Vaccination North-Western Provinces 1866-1877 - 1866-1877
Year: 1866
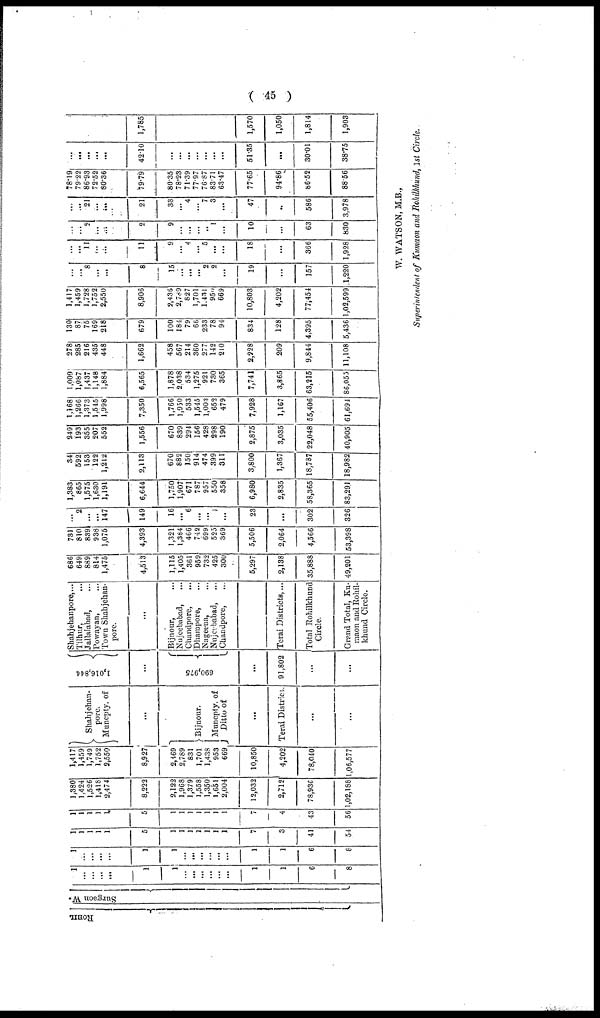
( 45 )
ROHIL
Surgeon W.
1
...
...
...
...
1
1
...
...
...
...
...
...
1
1
6
8
1
...
...
...
...
1
1
...
...
...
...
...
...
1
1
6
8
1
1
1
1
1
5
1
1
1
1
1
1
1
7
3
41
54
1
1
1
1
1
5
1
1
1
1
1
1
1
7
4
43
56
1,380
1,424
1,526
1,418
2,474
8,222
2,122
1,968
1,379
1,558
1,350
1,651
2,004
12,032
2,712
78,936
1,02,188
1,417
1,459
1,749
1,752
2,550
8,927
2,169
2,789
831
1,701
1,438
953
669
10,850
4,202
78,040
1,06,577
Shahjehan¬
pore.
Muncpty. of
...
Bijnour.
Muncpty. of
Ditto of
...
Terai District.
...
...
1,016,844
...
690,975
...
91,802
...
...
Shahjehanpore,...
Tilhur, ...
Jallalabad, ...
Powayan, ...
Town Shahjehan¬
pore.
...
Bijnour, ...
Nujeebabad, ...
Chandpore,
...
Dhampore, ...
Nageena, ...
Nujeebabad, ...
Chandpore, ...
...
Terai Districts,...
Total Rohilkhund
Circle.
Grand Total, Ku¬
maon and Rohil¬
khund Circle.
686
649
889
814
1,475
4,513
1,115
1,405
361
959
732
425
300
5,297
2,138
35,888
49,201
731
810
839
938
1,075
4,393
1,321
1,384
466
742
699
525
369
5,506
2,064
4,566
53,398
...
2
...
...
147
149
16
...
6
...
...
...
...
23
...
302
326
1,383
865
1,575
1,630
1,191
6,644
1,750
1,907
671
787
957
550
358
6,980
2,835
58,365
83,291
34
592
153
122
1,212
2,113
670
882
150
914
474
399
311
3,800
1,367
18,787
18,982
249
193
355
207
552
1,556
670
839
294
156
428
298
190
2,875
3,035
22,048
40,905
1,168
1,266
1,373
1,545
1,998
7,350
1,766
1,950
533
1,545
1,003
652
479
7,928
1,167
55,406
61,694
1,009
1,087
1,437
1,148
1,884
6,565
1,878
2,038
534
1,275
921
730
365
7,741
3,865
63,215
86,055
278
285
216
435
448
1,662
458
567
214
360
277
142
210
2,228
209
9,844
11,108
130
87
75
169
218
679
100
184
79
66
233
78
94
834
128
4,395
5,436
1,417
1,459
1,728
1,752
2,550
8,906
2,436
2,789
827
1,701
1,431
950
669
10,803
4,202
77,454
1,02,599
...
...
8
...
...
8
15
...
...
...
2
2
...
19
...
157
1,220
...
...
11
...
...
11
9
...
4
...
5
...
...
18
...
366
1,928
...
... 2
...
...
2
9
...
...
...
...
...
10
...
63
830
...
...
21
...
...
21
33
...
4
...
7
3
...
47
...
586
3,978
78.19
79.22
86.93
72.52
80.36
79.79
80.35
78.23
71.39
77.97
76.87
83.71
63.47
77.65
94.86
86.52
88.56
...
...
...
...
...
42.10
...
...
...
...
...
...
...
51.35
...
30.01
38.75
1,785
1,570
1,050
1,814
1,903
W. WATSON, M.B.,
Superintendent of Kumaon and Rohilkhund, 1st Circle.